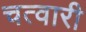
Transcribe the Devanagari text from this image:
चत्वारी